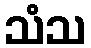
သံသ